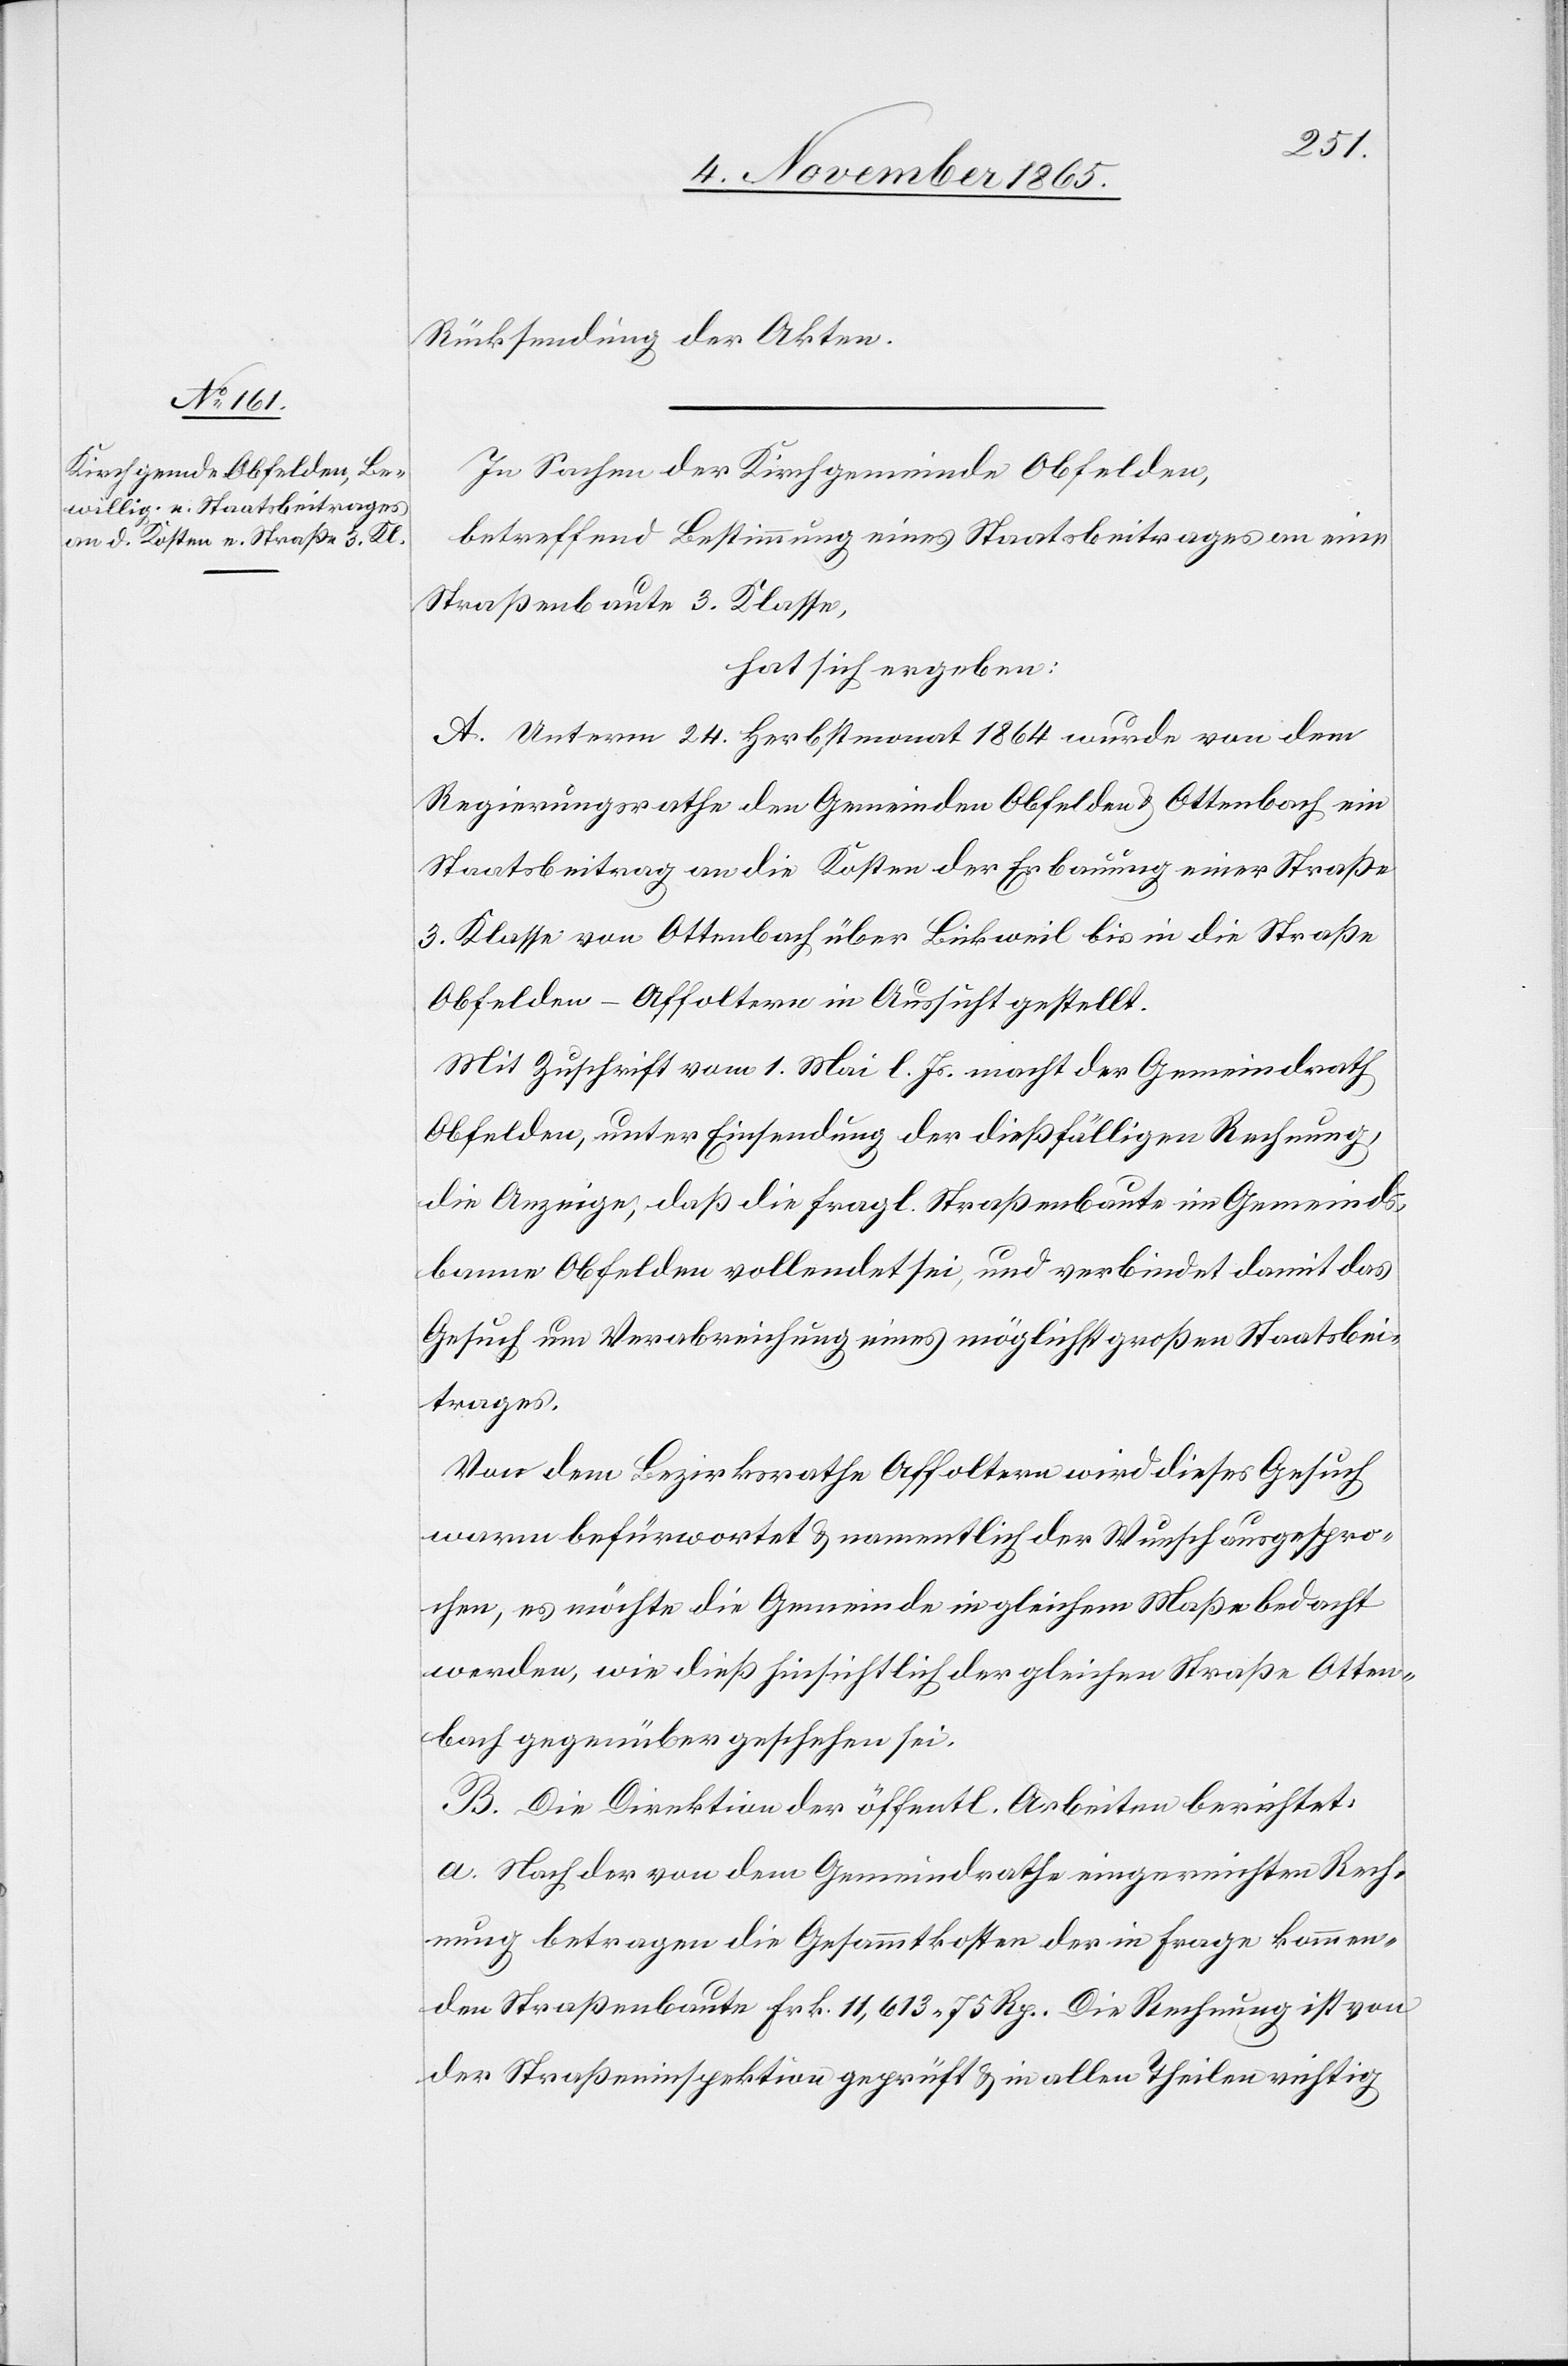
Rücksendung der Akten.
In Sachen der Kirchgemeinde Obfelden,
betreffend Bestimmung eines Staatsbeitrages an eine
Straßenbaute 3. Klasse,
hat sich ergeben:
A. Unterm 24. Herbstmonat 1864 wurde von dem
Regierungsrathe den Gemeinden Obfelden & Ottenbach ein
Staatsbeitrag an die Kosten der Erbauung einer Straße
3. Klasse von Ottenbach über Bickweil bis in die Straße
Obfelden–Affoltern in Aussicht gestellt.
Mit Zuschrift vom 1. Mai l. Js. macht der Gemeindrath
Obfelden, unter Einsendung der dießfälligen Rechnung,
die Anzeige, daß die fragl. Straßenbaute im Gemeinds¬
banne Obfelden vollendet sei, und verbindet damit das
Gesuch um Verabreichung eines möglichst großen Staatsbei¬
trages.
Von dem Bezirksrathe Affoltern wird dieses Gesuch
warm befürwortet & namentlich der Wunsch ausgespro¬
chen, es möchte die Gemeinde in gleichem Maße bedacht
werden, wie dieß hinsichtlich der gleichen Straße Otten¬
bach gegenüber geschehen sei.
B. Die Direktion der öffentl. Arbeiten berichtet:
a. Nach der von dem Gemeindrathe eingereichten Rech¬
nung betragen die Gesammtkosten der in Frage kommen¬
den Straßenbaute Frk. 11,613 75 Rp. Die Rechnung ist von
der Straßeninspektion geprüft & in allen Theilen richtig